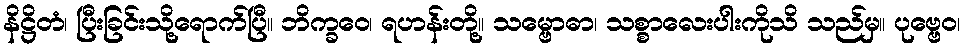
နိဋ္ဌိတံ၊ ပြီးခြင်းသို့ရောက်ပြီ။ ဘိက္ခဝေ၊ ရဟန်းတို့။ သမ္ဗောဓာ၊ သစ္စာလေးပါးကိုသိ သည်မှ။ ပုဗ္ဗေဝ၊